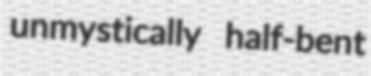
unmystically half-bent